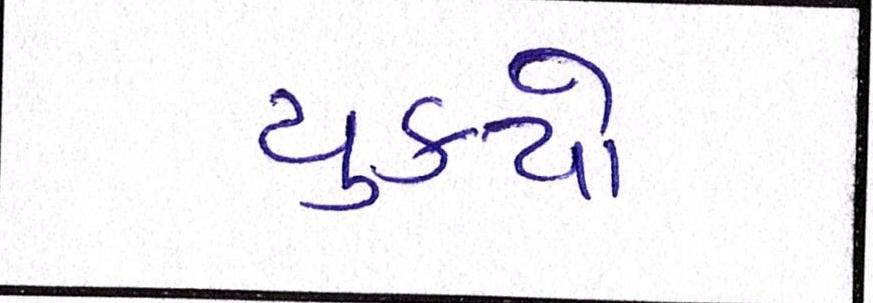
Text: ચુકયો